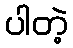
ပါတဲ့